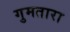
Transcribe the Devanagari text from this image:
गुमतारा